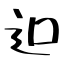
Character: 𨑕